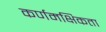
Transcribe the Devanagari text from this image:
कर्णमक्षिकता